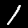
Label: 1